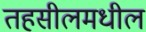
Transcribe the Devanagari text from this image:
तहसीलमधील